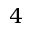
4